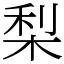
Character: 梨